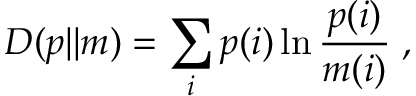
D ( p | | m ) = \sum _ { i } p ( i ) \ln { \frac { p ( i ) } { m ( i ) } } \; ,